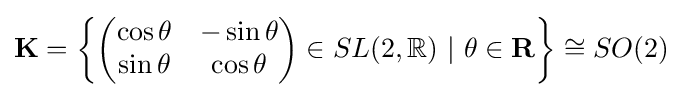
\mathbf {K} =\left\{{\begin{pmatrix}\cos \theta &-\sin \theta \\\sin \theta &\cos \theta \end{pmatrix}}\in SL(2,\mathbb {R} )\ |\ \theta \in \mathbf {R} \right\}\cong SO(2)